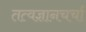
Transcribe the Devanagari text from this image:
तत्वज्ञानचर्चा